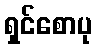
ရှင်စောပု